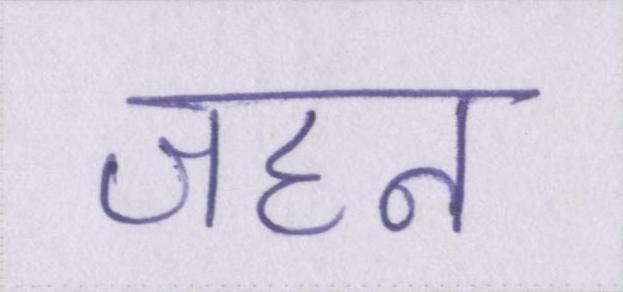
जहन